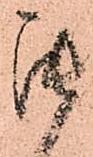
罷